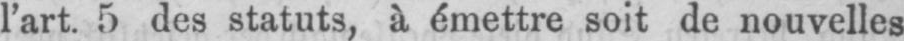
l’art. 5 des statuts, à émettre soit de nouvelles